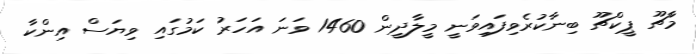
މާޗޫ ޕީކްޗޫ ބިނާކުރެވިފައިވަނީ މީލާދީން 1460 ވަނަ އަހަރު ކަމުގައި ވިޔަސް އިންކާ